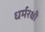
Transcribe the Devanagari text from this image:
धर्मरक्षी